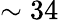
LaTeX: \sim 34